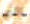
الذي